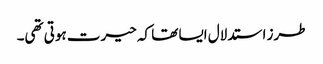
طرز استدلال ایسا تھا کہ حیرت ہوتی تھی۔